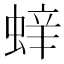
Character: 𮔝